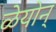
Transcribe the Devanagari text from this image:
ळेयोन्